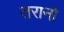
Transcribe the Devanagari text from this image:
तरानो